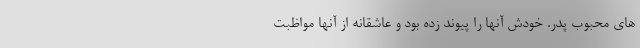
های محبوب پدر. خودش آنها را پیوند زده بود و عاشقانه از آنها مواظبت